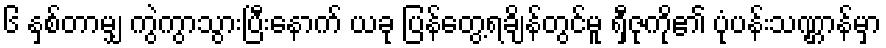
၆ နှစ်တာမျှ ကွဲကွာသွားပြီးနောက် ယခု ပြန်တွေ့ရချိန်တွင်မူ ရှီဇုကို၏ ပုံပန်းသဏ္ဌာန်မှာ